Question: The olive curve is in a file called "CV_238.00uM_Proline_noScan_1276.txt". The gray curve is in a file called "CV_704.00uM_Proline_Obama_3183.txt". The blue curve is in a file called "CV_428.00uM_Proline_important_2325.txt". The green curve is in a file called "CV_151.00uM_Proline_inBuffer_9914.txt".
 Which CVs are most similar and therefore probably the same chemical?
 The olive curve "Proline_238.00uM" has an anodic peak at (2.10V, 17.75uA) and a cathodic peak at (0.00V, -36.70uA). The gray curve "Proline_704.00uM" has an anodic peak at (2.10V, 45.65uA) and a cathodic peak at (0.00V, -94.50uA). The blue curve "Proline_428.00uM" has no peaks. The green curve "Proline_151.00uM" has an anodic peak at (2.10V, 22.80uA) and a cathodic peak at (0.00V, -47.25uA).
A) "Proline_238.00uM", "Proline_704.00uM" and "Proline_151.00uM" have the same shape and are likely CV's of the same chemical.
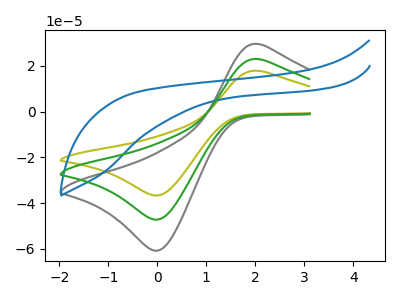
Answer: <think>All the peaks in "Proline_238.00uM" have a peak in "Proline_704.00uM" at the same potential. Every peak in "Proline_238.00uM" is lower than every peak in "Proline_704.00uM". "Proline_238.00uM" and "Proline_428.00uM" have a different number of peaks. All the peaks in "Proline_238.00uM" have a peak in "Proline_151.00uM" at the same potential. Every peak in "Proline_238.00uM" is lower than every peak in "Proline_151.00uM". "Proline_704.00uM" and "Proline_428.00uM" have a different number of peaks. All the peaks in "Proline_704.00uM" have a peak in "Proline_151.00uM" at the same potential. Every peak in "Proline_704.00uM" is higher than every peak in "Proline_151.00uM". "Proline_428.00uM" and "Proline_151.00uM" have a different number of peaks.
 </think>
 <answer>A) "Proline_238.00uM", "Proline_704.00uM" and "Proline_151.00uM" have the same shape and are likely CV's of the same chemical.</answer>
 <eval>A</eval>